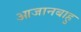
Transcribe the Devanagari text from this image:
आजानबाहु